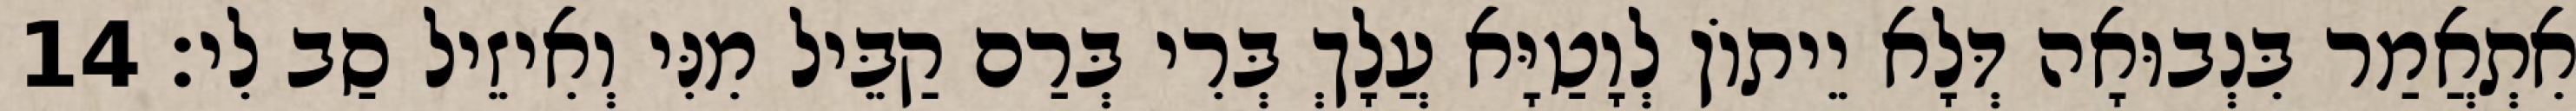
אִתְאֲמַר בִּנְבוּאָה דְּלָא יֵיתוֹן לְוָטַיָּא עֲלָךְ בְּרִי בְּרַם קַבֵּיל מִנִּי וְאִיזֵיל סַב לִי׃ 14